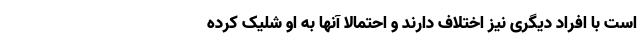
است با افراد دیگری نیز اختلاف دارند و احتمالا آنها به او شلیک کرده